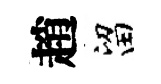
趙留